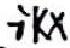
\(-iKx\)